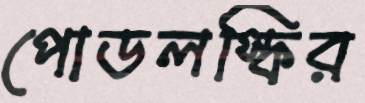
পোডলস্কির